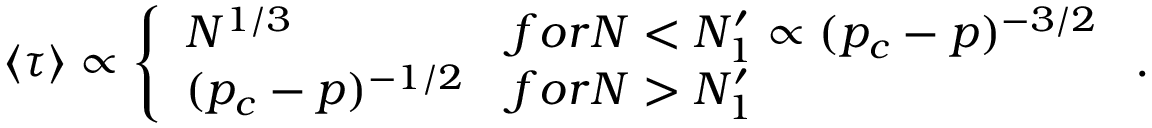
\left\langle \tau \right\rangle \propto \left\{ \begin{array} { l l } { N ^ { 1 / 3 } } & { f o r N < N _ { 1 } ^ { \prime } \propto ( p _ { c } - p ) ^ { - 3 / 2 } } \\ { ( p _ { c } - p ) ^ { - 1 / 2 } } & { f o r N > N _ { 1 } ^ { \prime } } \end{array} \right. .